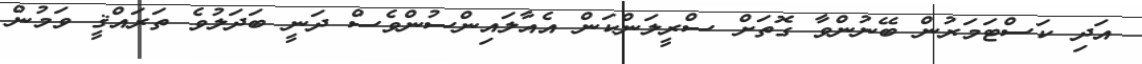
އަދި ކަސްޓަމަރުން ބޭނުންވާ ގޮތަށް ސްރީލަންކަން އެއާލައިންސުންވެސް ދަނީ ބަދަލުވެ ތަރައްޤީ ވަމުން